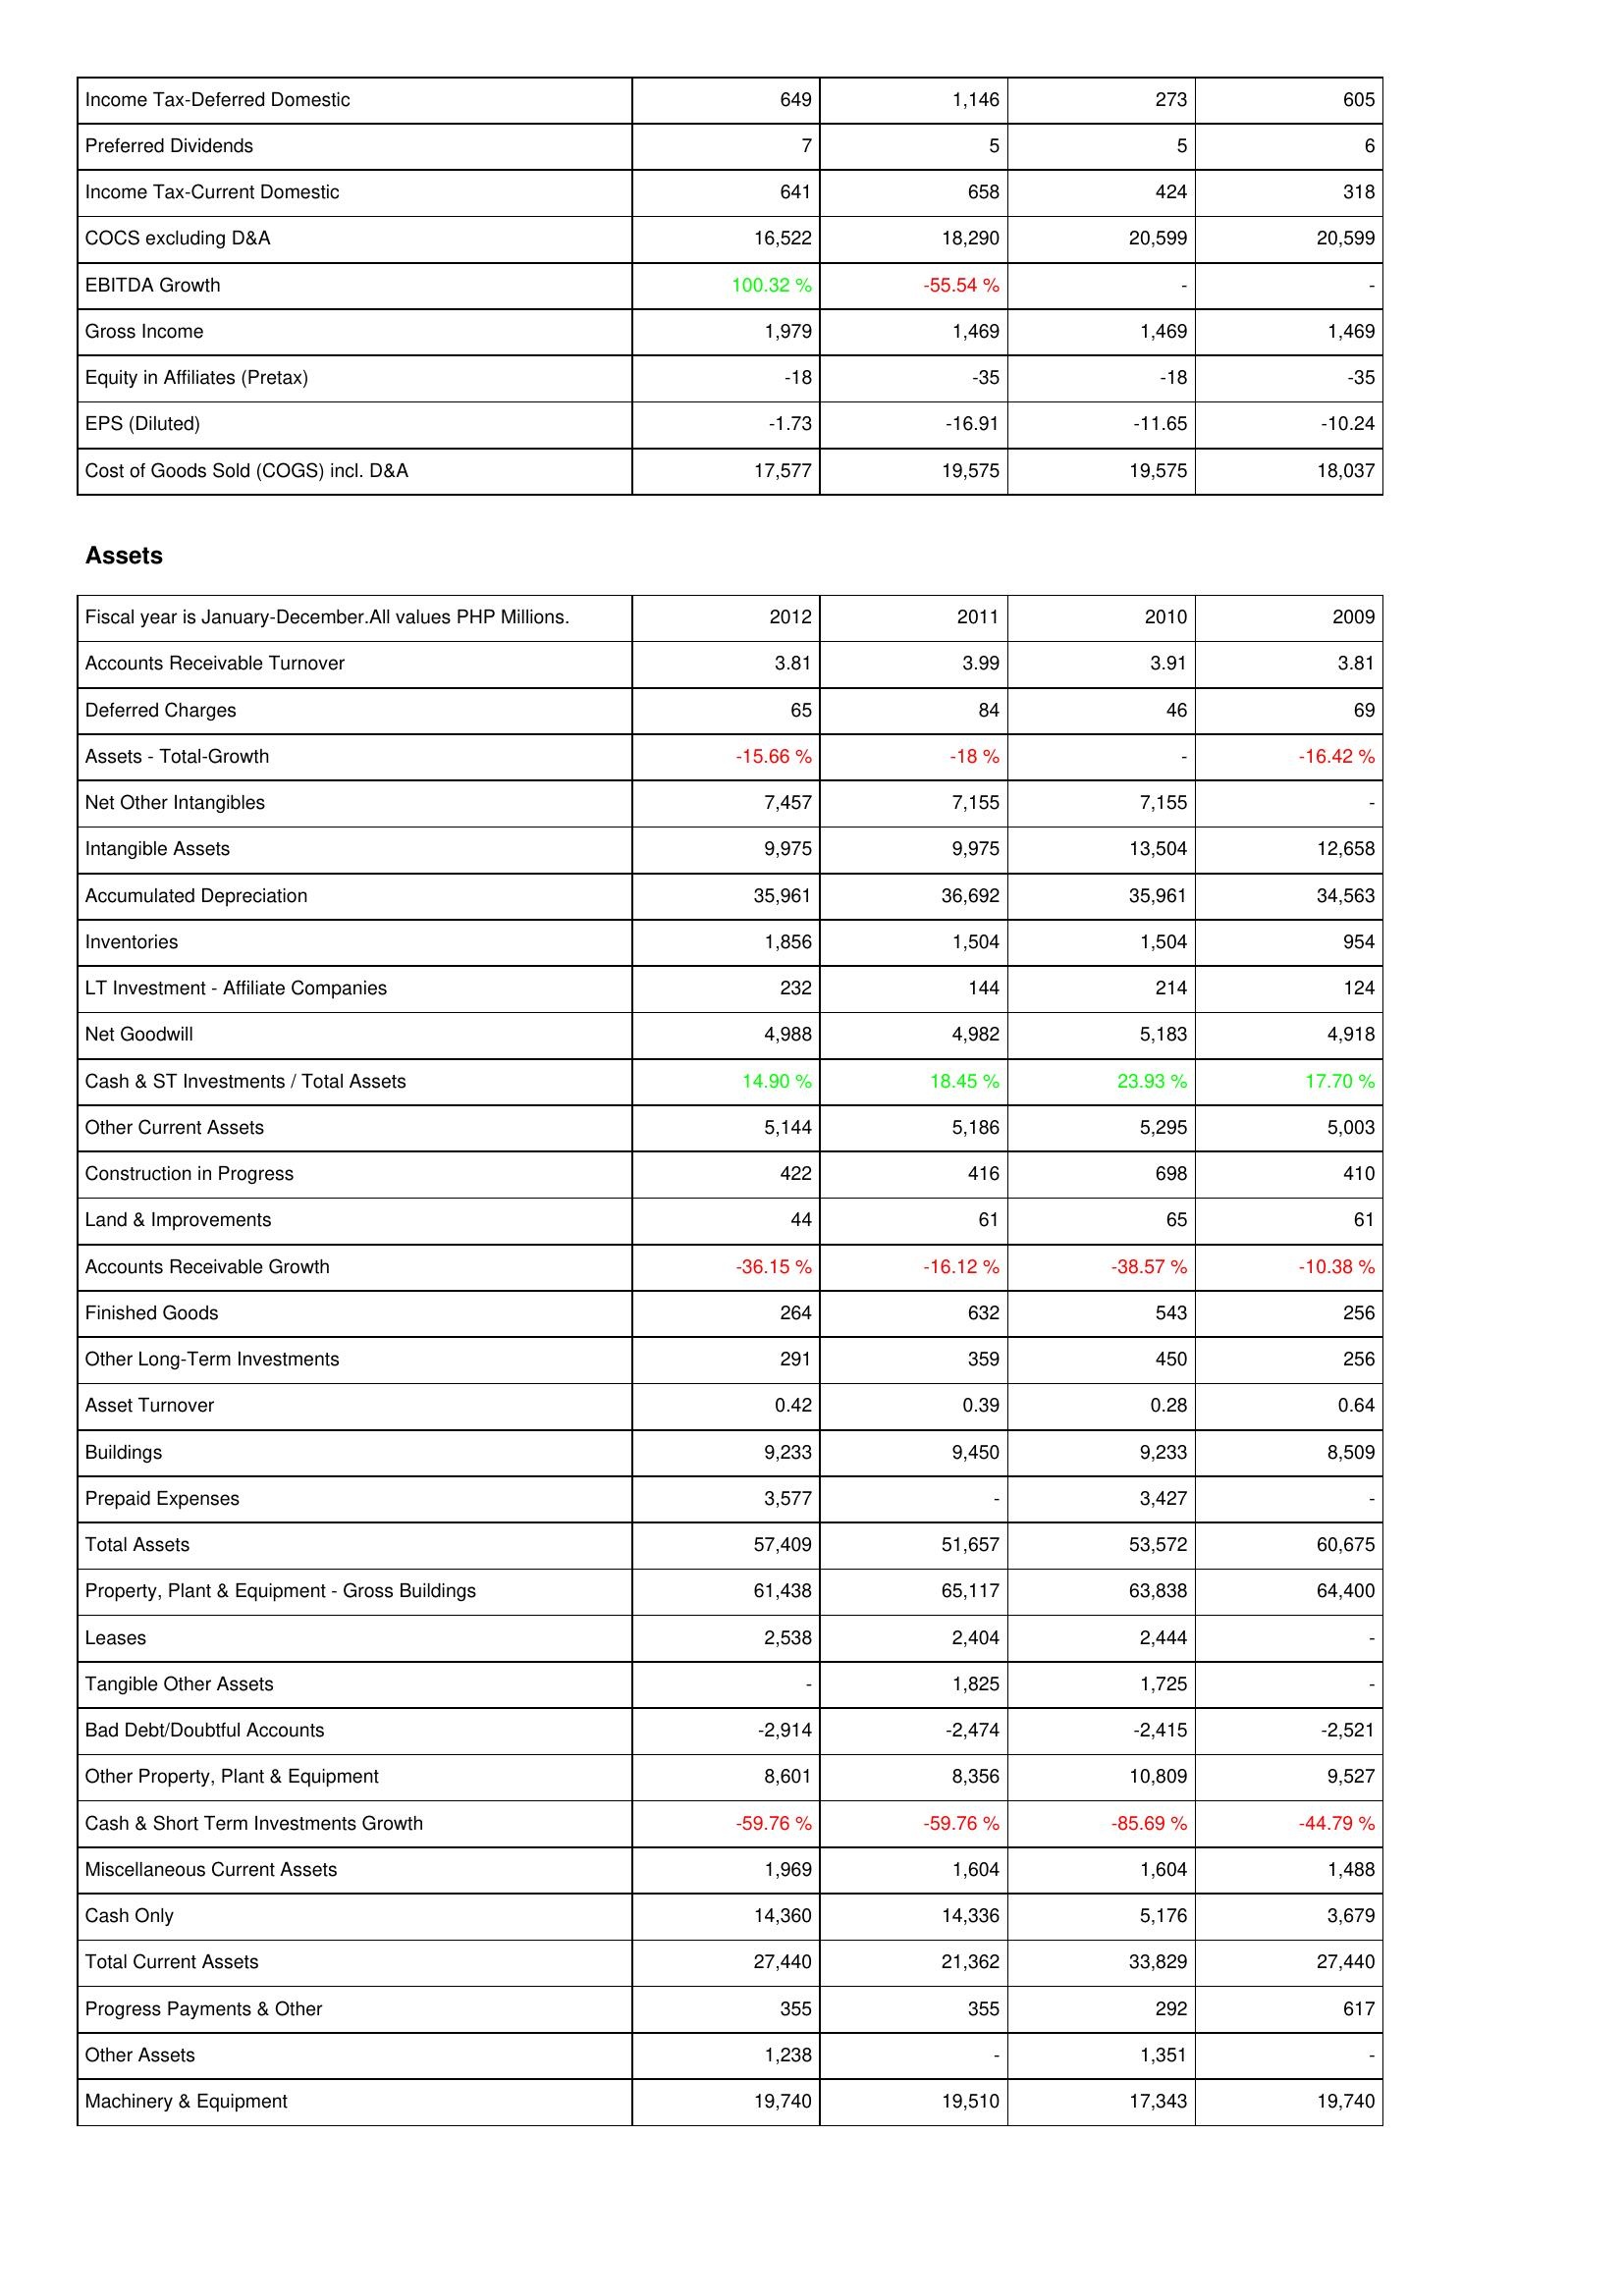
2012: Income Statement: Income Tax-Deferred Domestic: 649
Preferred Dividends: 7
Income Tax-Current Domestic: 641
COCS excluding D&A: 16,522
EBITDA Growth: 100.32 %
Gross Income: 1,979
Equity in Affiliates (Pretax): -18
EPS (Diluted): -1.73
Cost of Goods Sold (COGS) incl. D&A: 17,577
Assets: Accounts Receivable Turnover: 3.81
Deferred Charges: 65
Assets - Total-Growth: -15.66 %
Net Other Intangibles: 7,457
Intangible Assets: 9,975
Accumulated Depreciation: 35,961
Inventories: 1,856
LT Investment - Affiliate Companies: 232
Net Goodwill: 4,988
Cash & ST Investments / Total Assets: 14.90 %
Other Current Assets: 5,144
Construction in Progress: 422
Land & Improvements: 44
Accounts Receivable Growth: -36.15 %
Finished Goods: 264
Other Long-Term Investments: 291
Asset Turnover: 0.42
Buildings: 9,233
Prepaid Expenses: 3,577
Total Assets: 57,409
Property, Plant & Equipment - Gross Buildings: 61,438
Leases: 2,538
Tangible Other Assets: -
Bad Debt/Doubtful Accounts: -2,914
Other Property, Plant & Equipment: 8,601
Cash & Short Term Investments Growth: -59.76 %
Miscellaneous Current Assets: 1,969
Cash Only: 14,360
Total Current Assets: 27,440
Progress Payments & Other: 355
Other Assets: 1,238
Machinery & Equipment: 19,740
2011: Income Statement: Income Tax-Deferred Domestic: 1,146
Preferred Dividends: 5
Income Tax-Current Domestic: 658
COCS excluding D&A: 18,290
EBITDA Growth: -55.54 %
Gross Income: 1,469
Equity in Affiliates (Pretax): -35
EPS (Diluted): -16.91
Cost of Goods Sold (COGS) incl. D&A: 19,575
Assets: Accounts Receivable Turnover: 3.99
Deferred Charges: 84
Assets - Total-Growth: -18 %
Net Other Intangibles: 7,155
Intangible Assets: 9,975
Accumulated Depreciation: 36,692
Inventories: 1,504
LT Investment - Affiliate Companies: 144
Net Goodwill: 4,982
Cash & ST Investments / Total Assets: 18.45 %
Other Current Assets: 5,186
Construction in Progress: 416
Land & Improvements: 61
Accounts Receivable Growth: -16.12 %
Finished Goods: 632
Other Long-Term Investments: 359
Asset Turnover: 0.39
Buildings: 9,450
Prepaid Expenses: -
Total Assets: 51,657
Property, Plant & Equipment - Gross Buildings: 65,117
Leases: 2,404
Tangible Other Assets: 1,825
Bad Debt/Doubtful Accounts: -2,474
Other Property, Plant & Equipment: 8,356
Cash & Short Term Investments Growth: -59.76 %
Miscellaneous Current Assets: 1,604
Cash Only: 14,336
Total Current Assets: 21,362
Progress Payments & Other: 355
Other Assets: -
Machinery & Equipment: 19,510
2010: Income Statement: Income Tax-Deferred Domestic: 273
Preferred Dividends: 5
Income Tax-Current Domestic: 424
COCS excluding D&A: 20,599
EBITDA Growth: -
Gross Income: 1,469
Equity in Affiliates (Pretax): -18
EPS (Diluted): -11.65
Cost of Goods Sold (COGS) incl. D&A: 19,575
Assets: Accounts Receivable Turnover: 3.91
Deferred Charges: 46
Assets - Total-Growth: -
Net Other Intangibles: 7,155
Intangible Assets: 13,504
Accumulated Depreciation: 35,961
Inventories: 1,504
LT Investment - Affiliate Companies: 214
Net Goodwill: 5,183
Cash & ST Investments / Total Assets: 23.93 %
Other Current Assets: 5,295
Construction in Progress: 698
Land & Improvements: 65
Accounts Receivable Growth: -38.57 %
Finished Goods: 543
Other Long-Term Investments: 450
Asset Turnover: 0.28
Buildings: 9,233
Prepaid Expenses: 3,427
Total Assets: 53,572
Property, Plant & Equipment - Gross Buildings: 63,838
Leases: 2,444
Tangible Other Assets: 1,725
Bad Debt/Doubtful Accounts: -2,415
Other Property, Plant & Equipment: 10,809
Cash & Short Term Investments Growth: -85.69 %
Miscellaneous Current Assets: 1,604
Cash Only: 5,176
Total Current Assets: 33,829
Progress Payments & Other: 292
Other Assets: 1,351
Machinery & Equipment: 17,343
2009: Income Statement: Income Tax-Deferred Domestic: 605
Preferred Dividends: 6
Income Tax-Current Domestic: 318
COCS excluding D&A: 20,599
EBITDA Growth: -
Gross Income: 1,469
Equity in Affiliates (Pretax): -35
EPS (Diluted): -10.24
Cost of Goods Sold (COGS) incl. D&A: 18,037
Assets: Accounts Receivable Turnover: 3.81
Deferred Charges: 69
Assets - Total-Growth: -16.42 %
Net Other Intangibles: -
Intangible Assets: 12,658
Accumulated Depreciation: 34,563
Inventories: 954
LT Investment - Affiliate Companies: 124
Net Goodwill: 4,918
Cash & ST Investments / Total Assets: 17.70 %
Other Current Assets: 5,003
Construction in Progress: 410
Land & Improvements: 61
Accounts Receivable Growth: -10.38 %
Finished Goods: 256
Other Long-Term Investments: 256
Asset Turnover: 0.64
Buildings: 8,509
Prepaid Expenses: -
Total Assets: 60,675
Property, Plant & Equipment - Gross Buildings: 64,400
Leases: -
Tangible Other Assets: -
Bad Debt/Doubtful Accounts: -2,521
Other Property, Plant & Equipment: 9,527
Cash & Short Term Investments Growth: -44.79 %
Miscellaneous Current Assets: 1,488
Cash Only: 3,679
Total Current Assets: 27,440
Progress Payments & Other: 617
Other Assets: -
Machinery & Equipment: 19,740